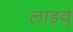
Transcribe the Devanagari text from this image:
लाइव्